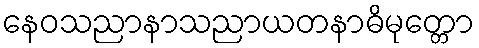
နေဝသညာနာသညာယတနာဓိမုတ္တော